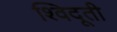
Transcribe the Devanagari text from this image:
श्विदूती